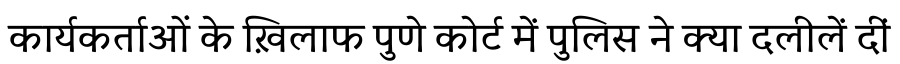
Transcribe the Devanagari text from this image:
कार्यकर्ताओं के ख़िलाफ पुणे कोर्ट में पुलिस ने क्या दलीलें दीं